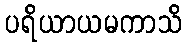
ပရိယာယမကာသိ